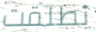
تطلقت